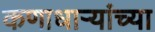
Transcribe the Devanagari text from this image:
कणाधाऱ्यांच्या